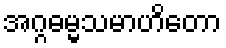
အဂ္ဂဓမ္မသမာဟိတော